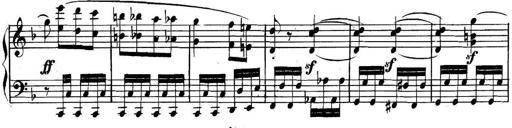
Title: Collected Piano Sonatas
Composer: Muzio Clementi